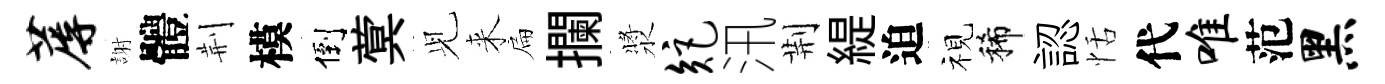
蓐謝體荆模倒蓂𫤗来扁攔漿矩汛荆緹迫视稀認恬代唯范黑